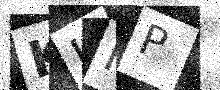
Text: KHHP